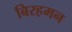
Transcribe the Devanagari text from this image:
बिरहमन